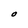
Character: O